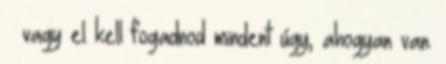
– vagy el kell fogadnod mindent úgy, ahogyan van.